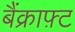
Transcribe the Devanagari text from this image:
बैंक्राफ़्ट